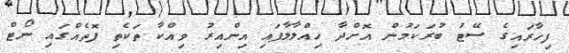
ފިހާރައިގެ ސޭޓު ބުރަކަމުން އޮށްދާ ހިއްލާލާފައި އިންއިރު ވިއްކާ ތަކެތި ފޮތެއްގައި ނޯޓް